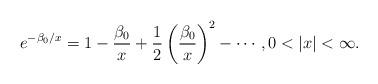
LaTeX: \begin{gather*}e^{-\beta_0/x}=1-\frac{\beta_0}{x}+\frac12\left(\frac{\beta_0}{x}\right)^2-\cdots,0<\vert x\vert<\infty.\end{gather*}